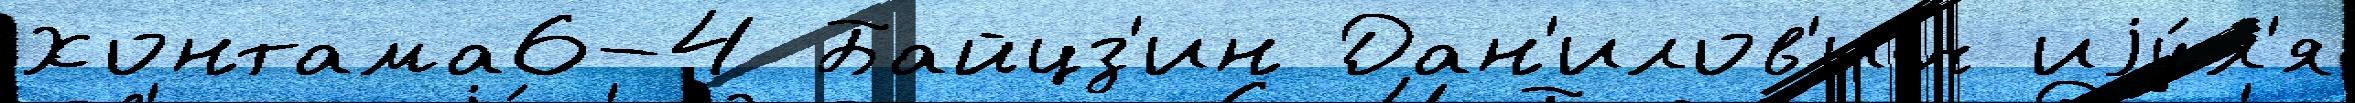
Хонтама6-4 Байцз'ин Дан'илов'ич иjу́л'я